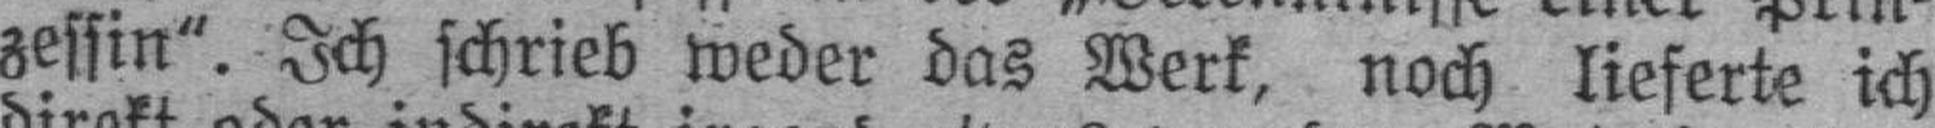
zessin". Ich schrieb weder das Werk, noch lieferte ich